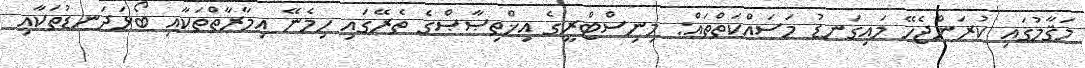
މަޤާމުގައި ކުރަންޖެހޭ މައިގަނޑު މަސައްކަތްތައް: މިނިސްޓްރީގެ އިޚްތިޞާޞްގެ ތެރޭގައި ހިމެނޭ އިމާރާތްތަކާއި ބޯޅަދަނޑުތަކާއި